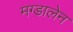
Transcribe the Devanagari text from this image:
मग्डालेन